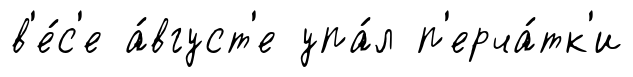
в'е́с'е а́вгуст'е упа́л п'ерча́тк'и